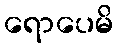
ရောပေမိ